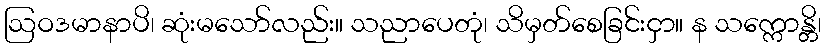
ဩဝဒမာနာပိ၊ ဆုံးမသော်လည်း။ သညာပေတုံ၊ သိမှတ်စေခြင်းငှာ။ န သက္ကောန္တိ၊